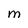
Character: M